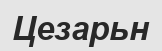
Цезарьн